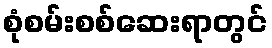
စုံစမ်းစစ်ဆေးရာတွင်